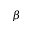
\beta